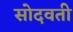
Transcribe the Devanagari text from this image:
सोदवती